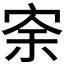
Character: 𡨀